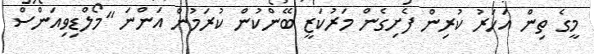
މީގެ ތިން އަހަރު ކުރިން ފެށިގެން މަރުކަޒީ ބޭންކުން ކުރަމުން އަންނަ "މޯލްޑިވިއަންސް